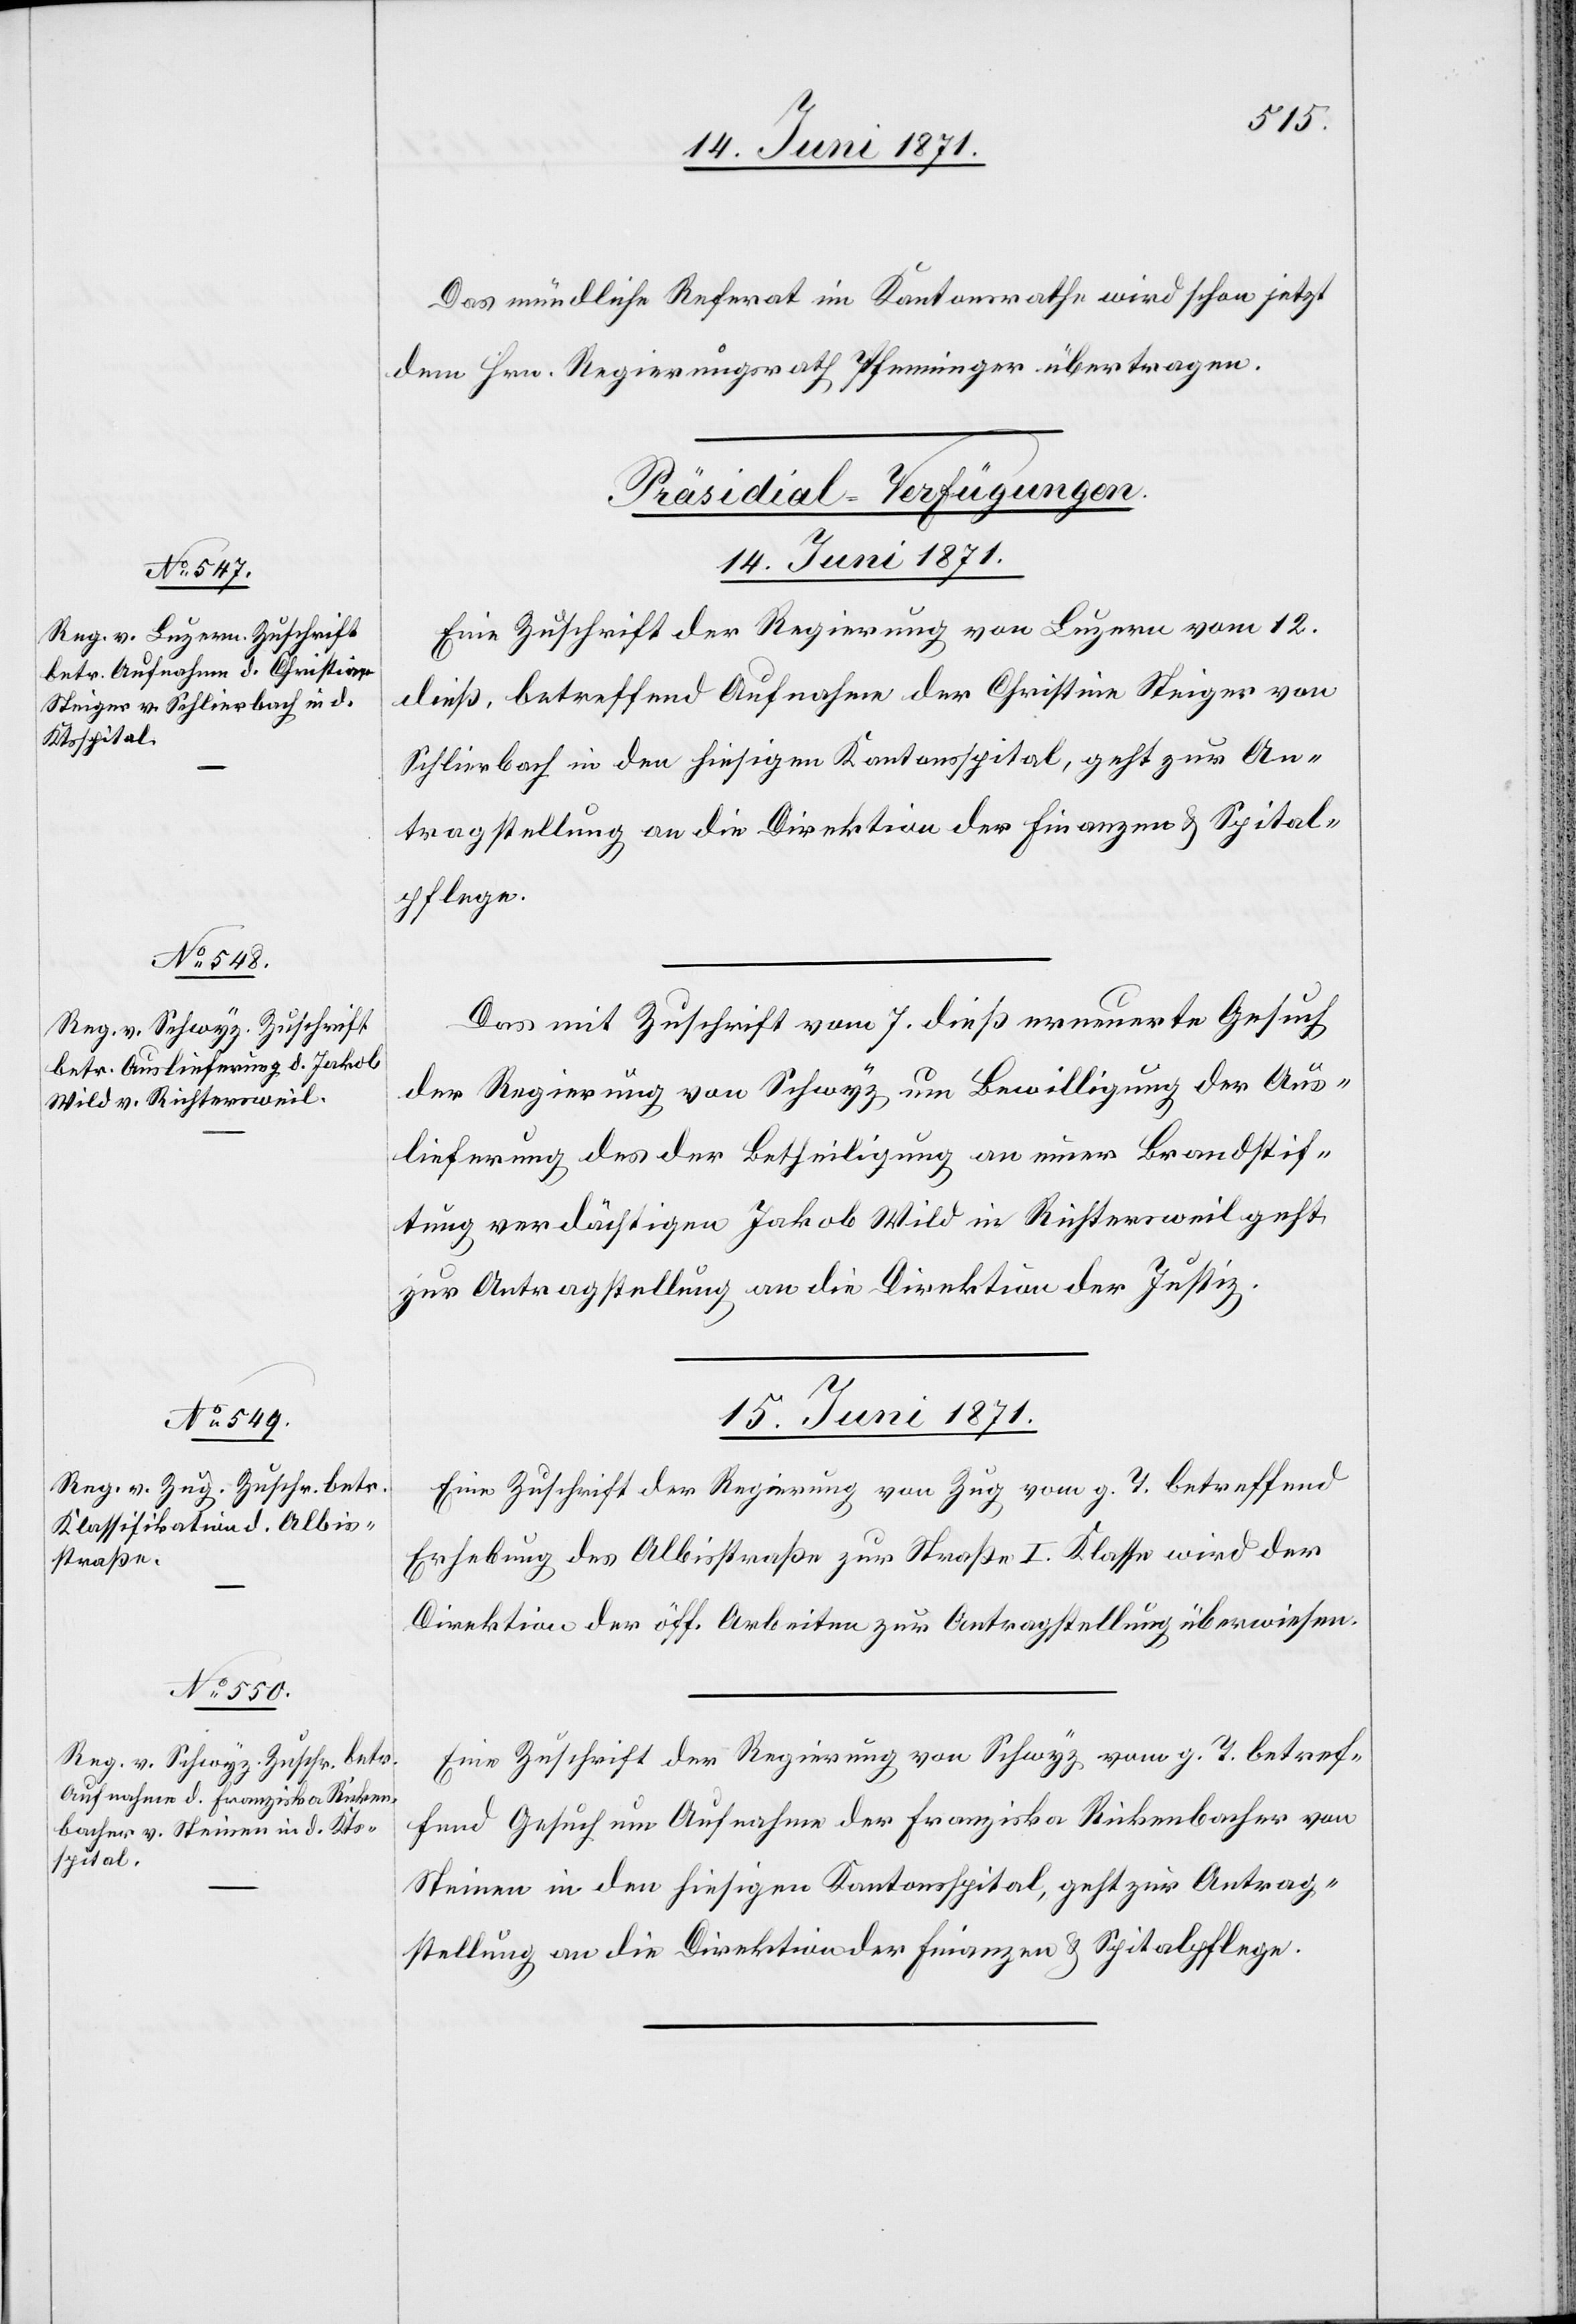
Das mündliche Referat im Kantonsrathe wird schon jetzt
dem Hrn. Regierungsrath Pfenninger übertragen.
[Präsidial-Verfügungen
14. Juni 1871.]
Eine Zuschrift der Regierung von Luzern vom 12.
dieß, betreffend Aufnahme der Christine Steiger von
Schlierbach in den hiesigen Kantonsspital, geht zur An¬
tragstellung an die Direktion der Finanzen u. Spital¬
pflege.
Das mit Zuschrift vom 7. dieß erneuerte Gesuch
der Regierung von Schwyz um Bewilligung der Aus¬
lieferung des der Betheiligung an einer Brandstif¬
tung verdächtigen Jakob Wild in Richtersweil geht
zur Antragstellung an die Direktion der Justiz.
15. Juni 1871.]
Eine Zuschrift der Regierung von Zug vom g. T. betreffend
Erhebung des [sic!] Albisstraße zur Straße I. Klasse wird der
Direktion der öff. Arbeiten zur Antragstellung überwiesen.
Eine Zuschrift der Regierung von Schwyz vom g. T. betref¬
fend Gesuch um Aufnahme der Franziska Rickenbacher von
Steinen in den hiesigen Kantonsspital, geht zur Antrag¬
stellung an die Direktion der Finanzen u. Spitalpflege.